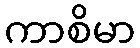
ကာစိမာ